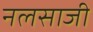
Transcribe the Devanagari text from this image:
नलसाजी